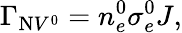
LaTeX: \Gamma_{\mathrm{N}V^{0}}=n_{e}^{0}\sigma_{e}^{0}J,